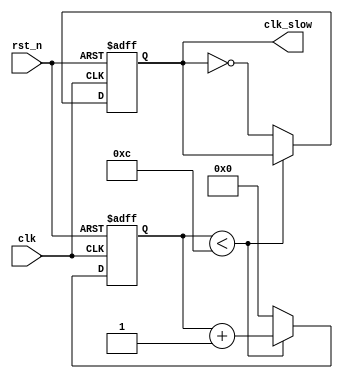
module freq(
	    clk,
	    rst_n,
	    clk_slow
	    );
   input clk;
   input rst_n;

   output reg clk_slow;
   reg [40:0] counter;

   always@(posedge clk or negedge rst_n) begin
      if (rst_n == 1'b0) begin
	 clk_slow <= 0;
	 counter <= 0;
      end
      else begin
	 if (counter < 12) begin
	    counter <= counter + 1;
	 end
	 else begin
	    counter <= 0;
	    clk_slow = ~clk_slow;
	 end
      end
   end
endmodule